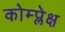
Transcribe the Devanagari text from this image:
कोम्प्लेक्ष